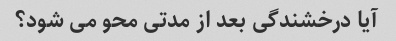
آیا درخشندگی بعد از مدتی محو می شود؟